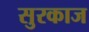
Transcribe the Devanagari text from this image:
सुरकाज